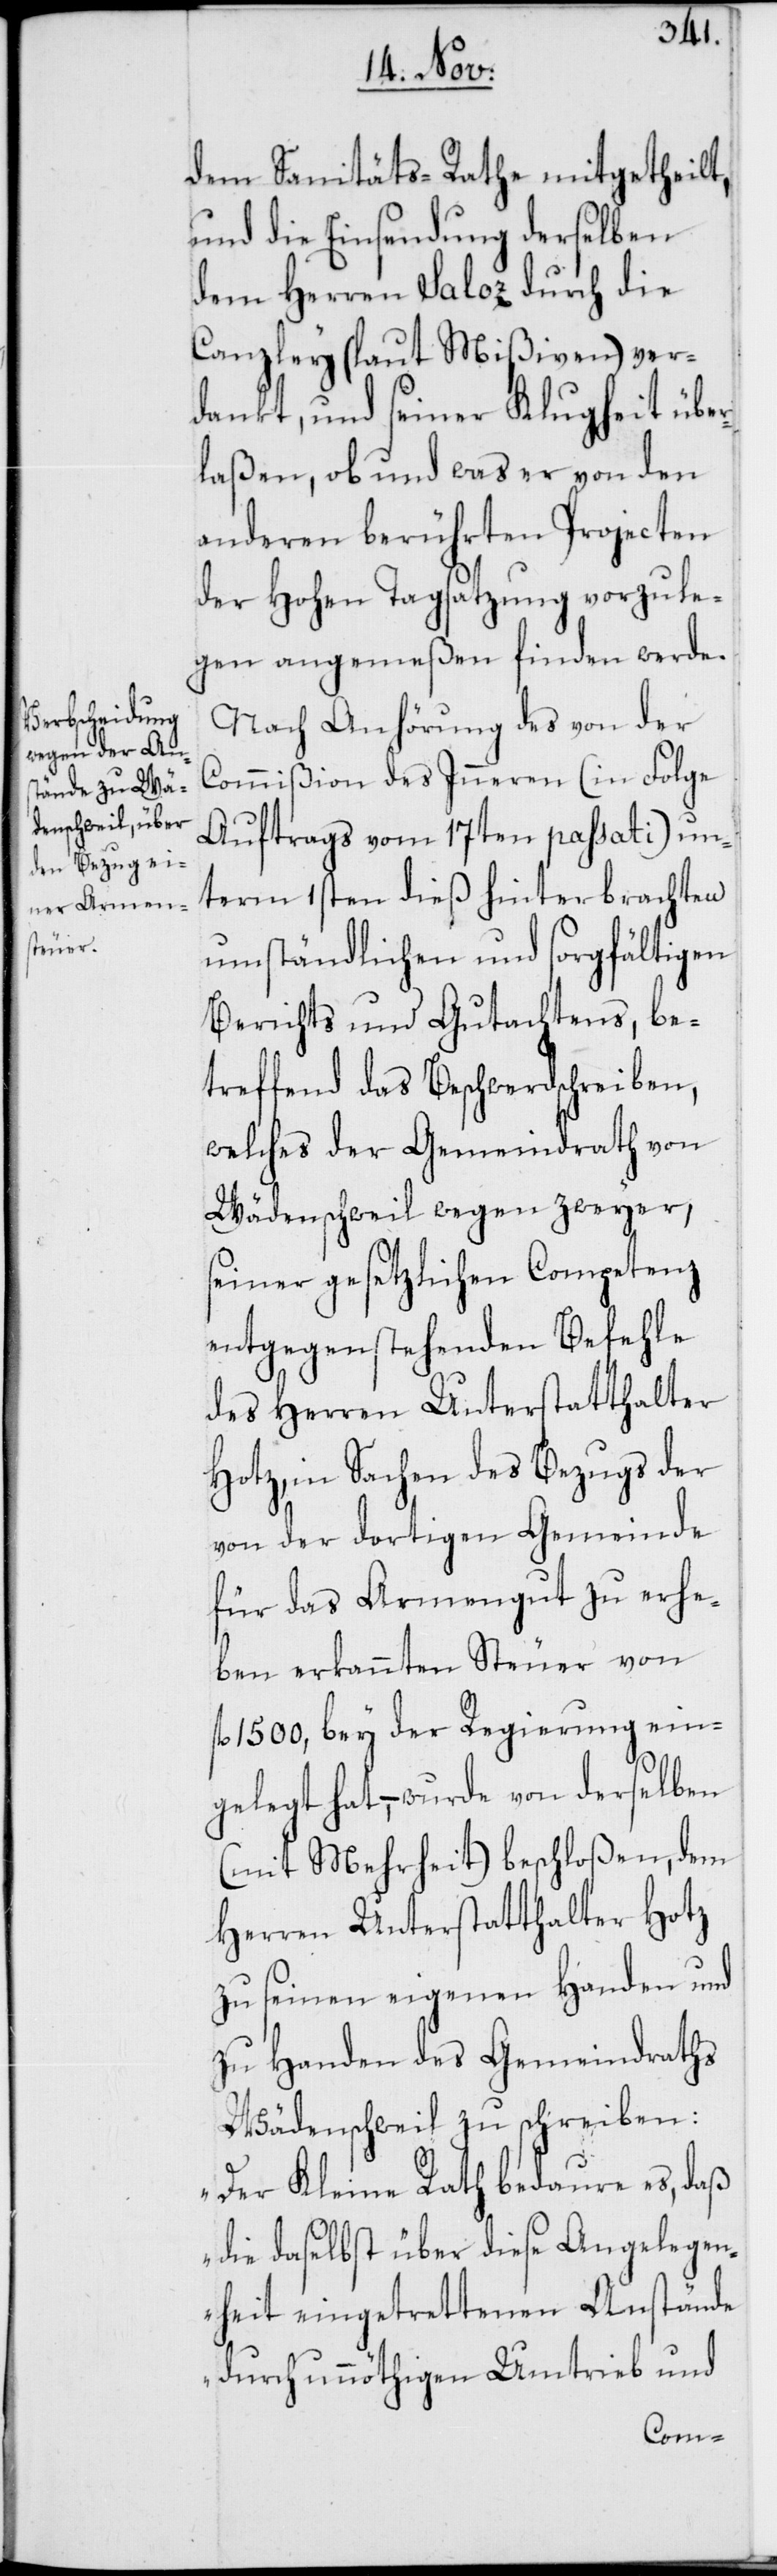
dem Sanitäts-Rathe mitgetheilt,
und die Einsendung derselben
dem Herren Saloz durch die
Canzley (laut Mißiven) ver¬
dankt, und seiner Klugheit übe¬
rlaßen, ob und was er von den
anderen berührten Projecten
der Hohen Tagsatzung vorzule¬
gen angemeßen finden werde.
Nach Anhörung des von der
Commißion des Inneren (in Folge
Auftrags vom 17ten passati) un¬
term 1sten dieß hinterbrachten
umständlichen und sorgfältigen
Berichts und Gutachtens, be¬
treffend das Beschwerdschreiben,
welches der Gemeindrath von
Wädenschweil wegen zweyer,
seiner gesetzlichen Competenz
entgegenstehenden Befehle
des Herren Unterstatthalter
Hotz, in Sachen des Bezugs der
von der dortigen Gemeinde
für das Armengut zu erhe¬
ben erkannten Steuer von
fl. 1500., bey der Regierung ein¬
gelegt hat, – wurde von derselben
(mit Mehrheit) beschloßen, dem
Herren Unterstatthalter Hotz
zu seinen eigenen Handen und
zu Handen des Gemeindraths
Wädenschweil zu schreiben:
„Der Kleine Rath bedaure es, daß
die daselbst über diese Angelegen¬
heit eingetrettenen Anstände
durch unnöthigen Umtrieb und